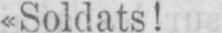
«Soldats!